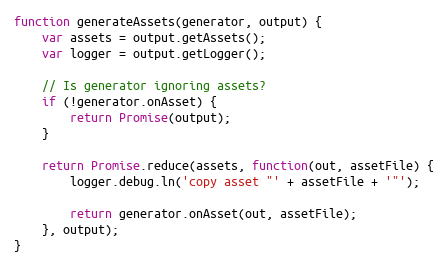
Language: JavaScript
function generateAssets(generator, output) {
    var assets = output.getAssets();
    var logger = output.getLogger();

    // Is generator ignoring assets?
    if (!generator.onAsset) {
        return Promise(output);
    }

    return Promise.reduce(assets, function(out, assetFile) {
        logger.debug.ln('copy asset "' + assetFile + '"');

        return generator.onAsset(out, assetFile);
    }, output);
}